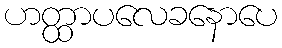
ဟတ္ထာပလေခနောပေ